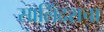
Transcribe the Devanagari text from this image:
सालिंदराचा